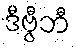
ဒီဗွီဘီ